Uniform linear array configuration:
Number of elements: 4
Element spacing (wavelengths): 0.75
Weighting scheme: hamming
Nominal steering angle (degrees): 45
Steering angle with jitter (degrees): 46.288
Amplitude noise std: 0.05
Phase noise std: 0.05

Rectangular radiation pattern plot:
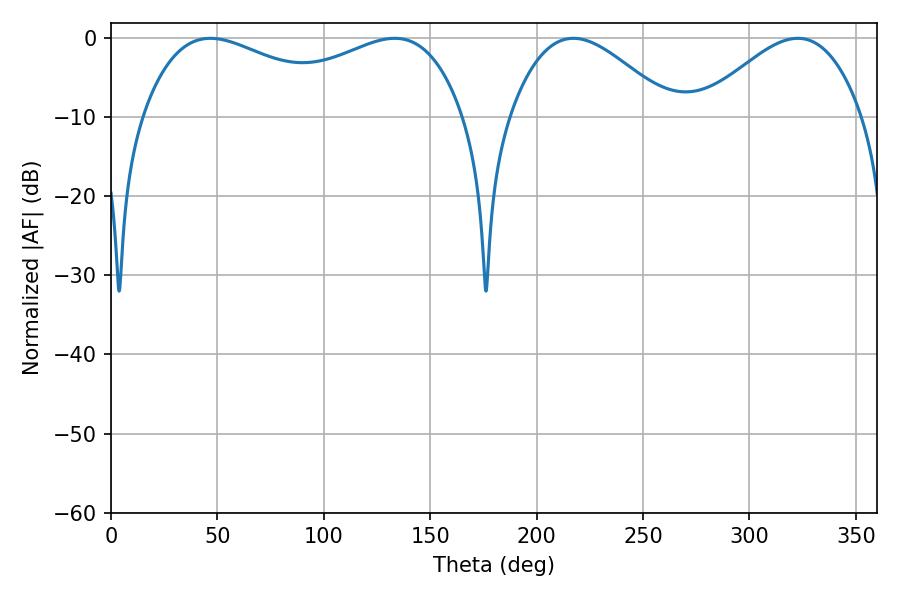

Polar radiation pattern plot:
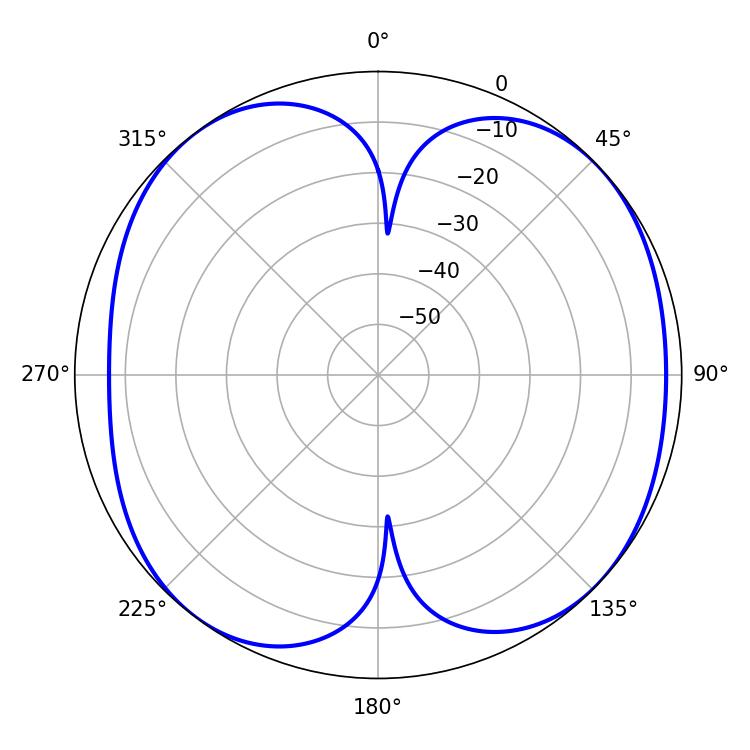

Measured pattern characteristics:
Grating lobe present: TRUE
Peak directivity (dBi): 8.249
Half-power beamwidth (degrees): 40.86
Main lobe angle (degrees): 217.26